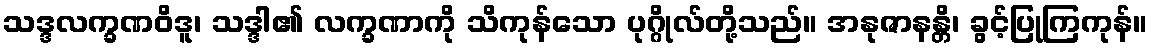
သဒ္ဒလက္ခဏဝိဒူ၊ သဒ္ဒါ၏ လက္ခဏာကို သိကုန်သော ပုဂ္ဂိုလ်တို့သည်။ အနုဇာနန္တိ၊ ခွင့်ပြုကြကုန်။